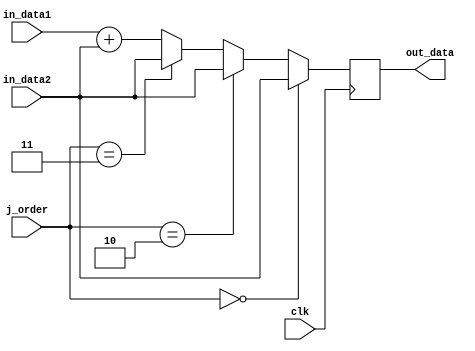
module Add(
input             clk,
input   [31:0]    in_data1,
input   [31:0]    in_data2,
input   [5:0]     j_order,

output  [31:0]    out_data
);
reg     [31:0]    out_reg;

always @(posedge clk)
begin
    if(j_order == 6'b000000) out_reg = in_data2;
    else if(j_order == 6'b000010) out_reg = in_data2;
    else if(j_order == 6'b000011) out_reg = in_data2;
    else out_reg = in_data1 + in_data2; 
end

assign out_data = out_reg;
endmodule